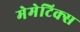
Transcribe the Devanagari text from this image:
मेमेटिक्स